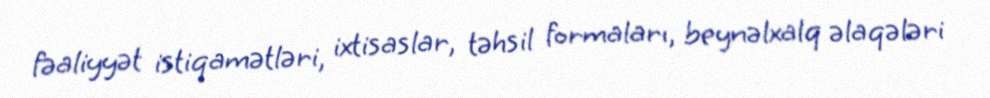
fəaliyyət istiqamətləri, ixtisaslar, təhsil formaları, beynəlxalq əlaqələri